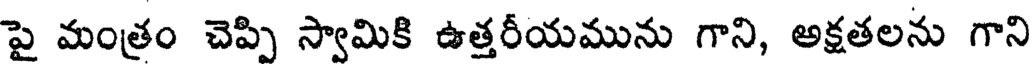
పై మంత్రం చెప్పి స్వామికి ఉత్తరీయమును గాని, అక్షతలను గాని